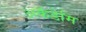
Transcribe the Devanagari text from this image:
अकॅडेमि